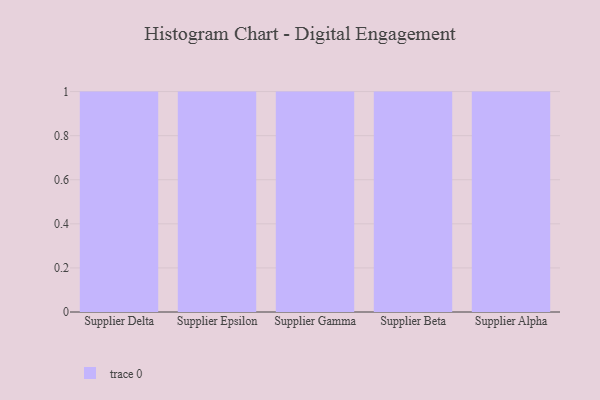
{"axis": {"x": "Supplier", "y": "Tickets Resolved"}, "legend": [""], "data": [{"x": "Supplier Delta", "y": 44, "type": ""}, {"x": "Supplier Epsilon", "y": 26, "type": ""}, {"x": "Supplier Gamma", "y": 54, "type": ""}, {"x": "Supplier Beta", "y": 62, "type": ""}, {"x": "Supplier Alpha", "y": 63, "type": ""}]}